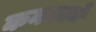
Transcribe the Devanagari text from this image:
कनकाचे